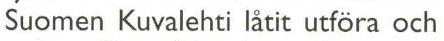
Suomen Kuvalehti låtit utföra och